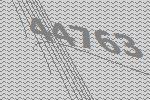
44763